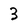
Character: 3